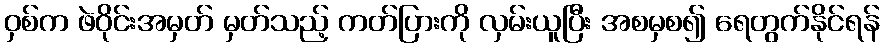
ဝှစ်က ဖဲဝိုင်းအမှတ် မှတ်သည့် ကတ်ပြားကို လှမ်းယူပြီး အစမှစ၍ ရေတွက်နိုင်ရန်